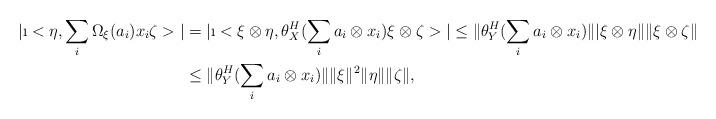
LaTeX: \begin{align*}| \i< \eta, \sum_i \Omega_\xi (a_i) x_i \zeta >| &= | \i< \xi \otimes \eta, \theta_X^H (\sum_i a_i \otimes x_i ) \xi \otimes \zeta >|\leq \| \theta_Y^H (\sum_i a_i \otimes x_i ) \| | \xi \otimes \eta \| \| \xi \otimes \zeta \| \\ & \leq \| \theta_Y^H (\sum_i a_i \otimes x_i ) \| \| \xi \|^2 \| \eta \| \| \zeta \| ,\end{align*}